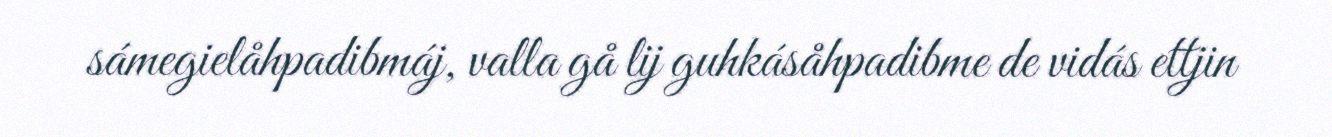
sámegielåhpadibmáj, valla gå lij guhkásåhpadibme de vidás ettjin